Indian Medical Review
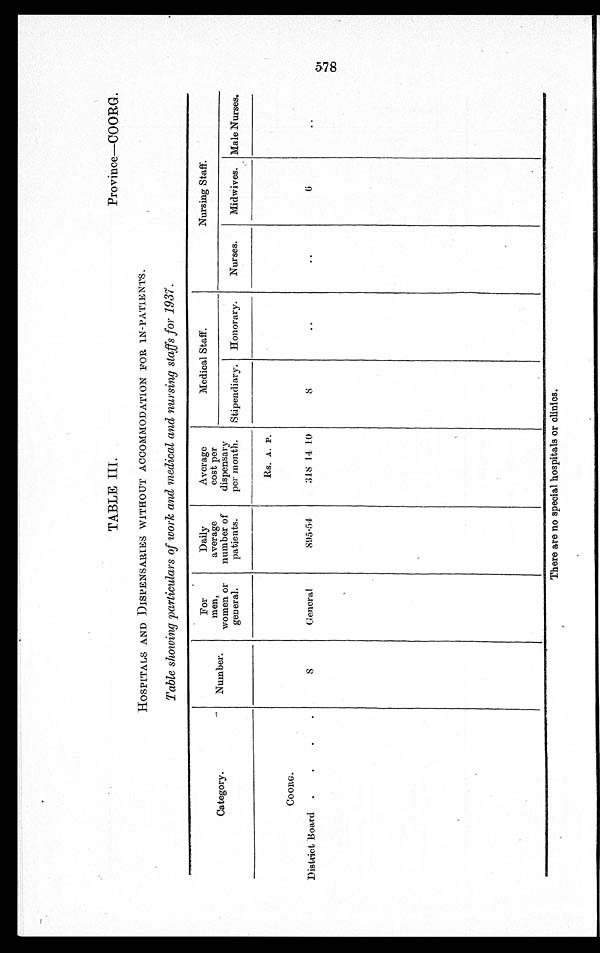
TABLE III.
Province—COORG.
HOSPITALS AND DISPENSARIES WITHOUT ACCOMMODATION FOR IN-PATIENTS
Table showing particulars of work and medical and nursing staffs for 1937.
Category.
Number.
For
men,
women or
general.
Daily
average
number of
patients.
Average
cost per
dispensary
per month.
Medical Staff.
Nursing Staff.
Stipendiary. Honorary.
Nurses.
Midwives. Male Nurses.
Rs. A. P.
COORG.
District Board
8
General
895.54
318 14 10
8
6
There are no special hospitals or clinics.
578